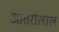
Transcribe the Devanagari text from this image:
आतरीलाल